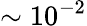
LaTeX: \sim{10}^{-2}